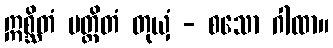
ဣစ္ဆိတံ ပတ္ထိတံ တုယှံ - စသော ဂါထာ။